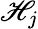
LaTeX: \mathscr{H}_{j}